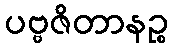
ပဗ္ဗဇိတာနဉ္စ